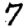
Digit: 7